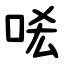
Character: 㖁